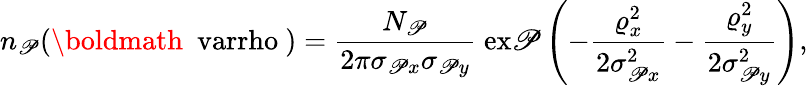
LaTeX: n_{\mathscr{P}}({\mathrm{{\boldmath~\ varrho~}}})={\frac{{N_{\mathscr{P}}}}{{2\pi\sigma_{\mathscr{P}x}\sigma_{\mathscr{P}y}}}}\; \mathrm{{ex\mathscr{P}}}\left(-{\frac{{\varrho_{x}^{2}}}{{2\sigma_{\mathscr{P}x}^{2}}}}-{\frac{{\varrho_{y}^{2}}}{{2\sigma_{\mathscr{P}y}^{2}}}}\right),